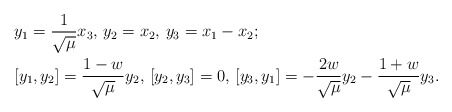
\begin{align*}&y_1=\frac{1}{\sqrt{\mu}}x_3, \, y_2=x_2,\, y_3=x_1-x_2;\\&[y_1,y_2]=\frac{1-w}{\sqrt{\mu}}y_2, \,[y_2,y_3]=0, \,[y_3,y_1]=-\frac{2w}{\sqrt{\mu}}y_2-\frac{1+w}{\sqrt{\mu}}y_3. \end{align*}